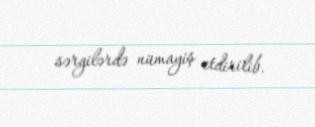
sərgilərdə nümayiş etdirilib.